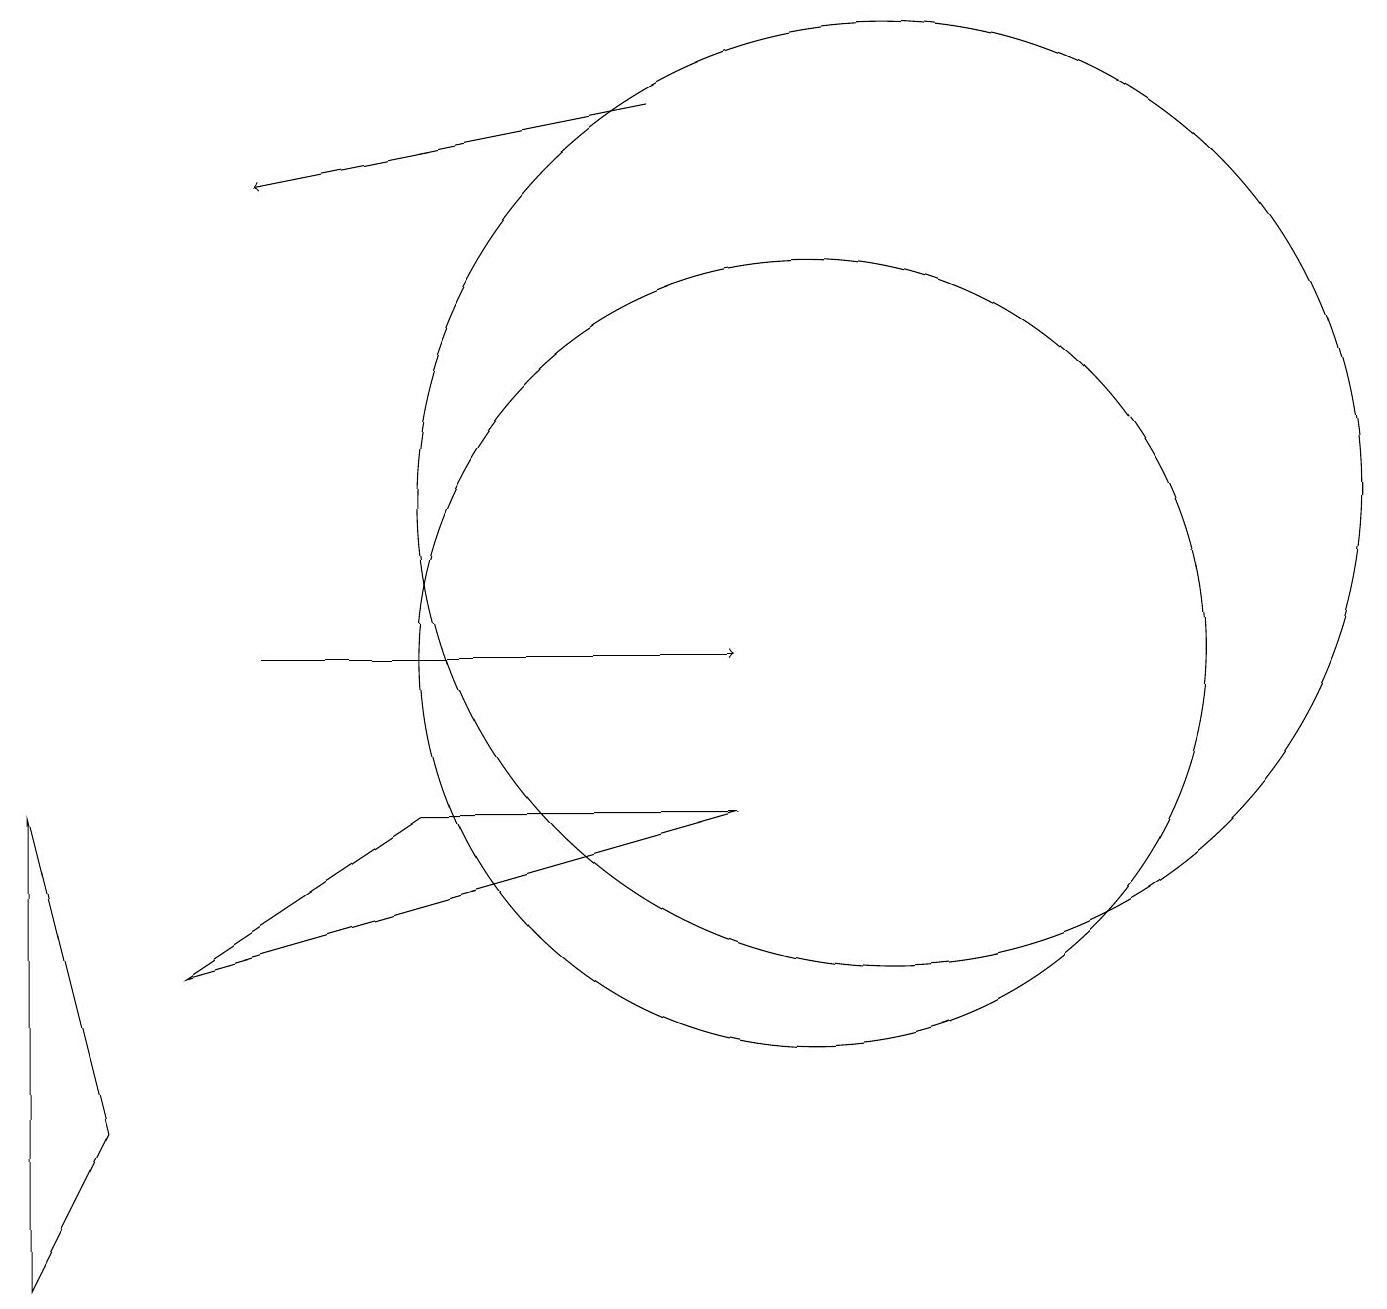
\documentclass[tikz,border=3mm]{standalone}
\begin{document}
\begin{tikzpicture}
\draw (10,10) circle (5);
\draw (11,12) circle (6);
\draw[->] (3,10) -- (9,10);
\draw (2,6) -- (5,8) -- (9,8) -- cycle;
\draw[->] (8,17) -- (3,16);
\draw (0,2) -- (1,4) -- (0,8) -- cycle;
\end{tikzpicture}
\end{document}